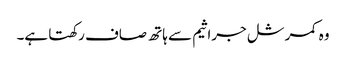
وہ کمرشل جراثیم سے ہاتھ صاف رکھتا ہے۔